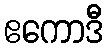
ဧကောဒီ